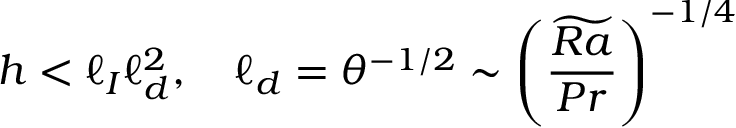
h < \ell _ { I } \ell _ { d } ^ { 2 } , \quad \ell _ { d } = \theta ^ { - 1 / 2 } \sim \left( \frac { \widetilde { R a } } { P r } \right) ^ { - 1 / 4 }